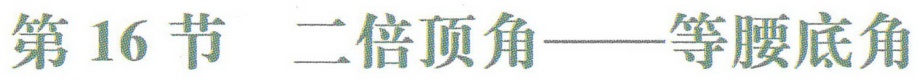
第16节  二倍顶角——等腰底角